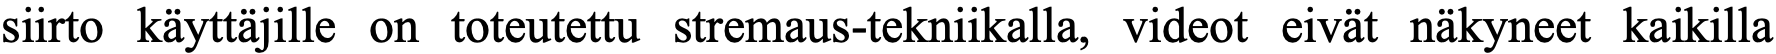
siirto käyttäjille on toteutettu stremaus-tekniikalla, videot eivät näkyneet kaikilla